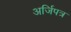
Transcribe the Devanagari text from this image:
अर्जिपत्र